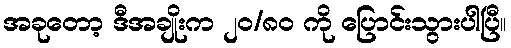
အခုတော့ ဒီအချိုးက ၂၀/၈၀ ကို ပြောင်းသွားပါပြီ။